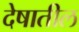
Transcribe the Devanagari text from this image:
देषातील